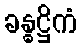
ခန္ဓဋ္ဌိကံ